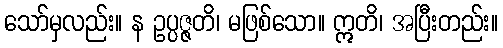
သော်မှလည်း။ န ဥပ္ပဇ္ဇတိ၊ မဖြစ်သော။ ဣတိ၊ အပြီးတည်း။